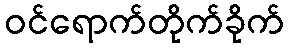
ဝင်ရောက်တိုက်ခိုက်